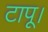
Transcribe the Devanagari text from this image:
टापू।